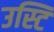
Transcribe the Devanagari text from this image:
उस्टि